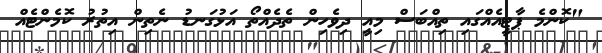
"ކޮންމެ ޕާޓީއެއްގައި ތިއްބަސް މިއީ ދިވެހިން ތެދެއްތޯ އަޅުގަނޑު ނެތިން އިތުރު ކޮމެންޓެއް